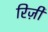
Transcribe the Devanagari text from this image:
रिज़ी